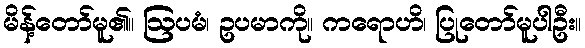
မိန့်တော်မူ၏။ ဩပမံ၊ ဥပမာကို။ ကရောဟိ၊ ပြုတော်မူပါဦး။